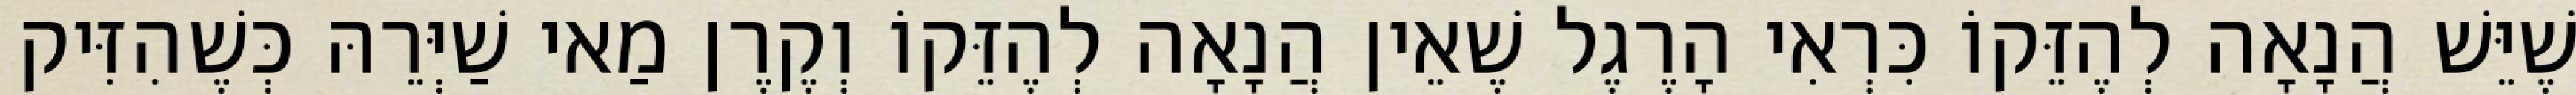
שֶׁיֵּשׁ הֲנָאָה לְהֶזֵּקוֹ כִּרְאִי הָרֶגֶל שֶׁאֵין הֲנָאָה לְהֶזֵּקוֹ וְקֶרֶן מַאי שַׁיְּרֵהּ כְּשֶׁהִזִּיק